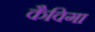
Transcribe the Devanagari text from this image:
कैविगा